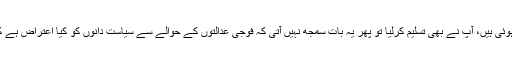
اس میں کوئی شک نہیں کہ پاک فوج اور عمران خان کی ہنگامی بنیادوں پر کوششیں باور ثابت ہوئی ہیں، آپ نے بھی تسلیم کرلیا تو پھر یہ بات سمجھ نہیں آتی کہ فوجی عدالتوں کے حوالے سے سیاست دانوں کو کیا اعتراض ہے کہ ان کی معیاد برھانے کے لئے سیاست دان کہتے ہیں کہ اپوزیشن مل بیٹھ کر فیصلہ کرے گی۔